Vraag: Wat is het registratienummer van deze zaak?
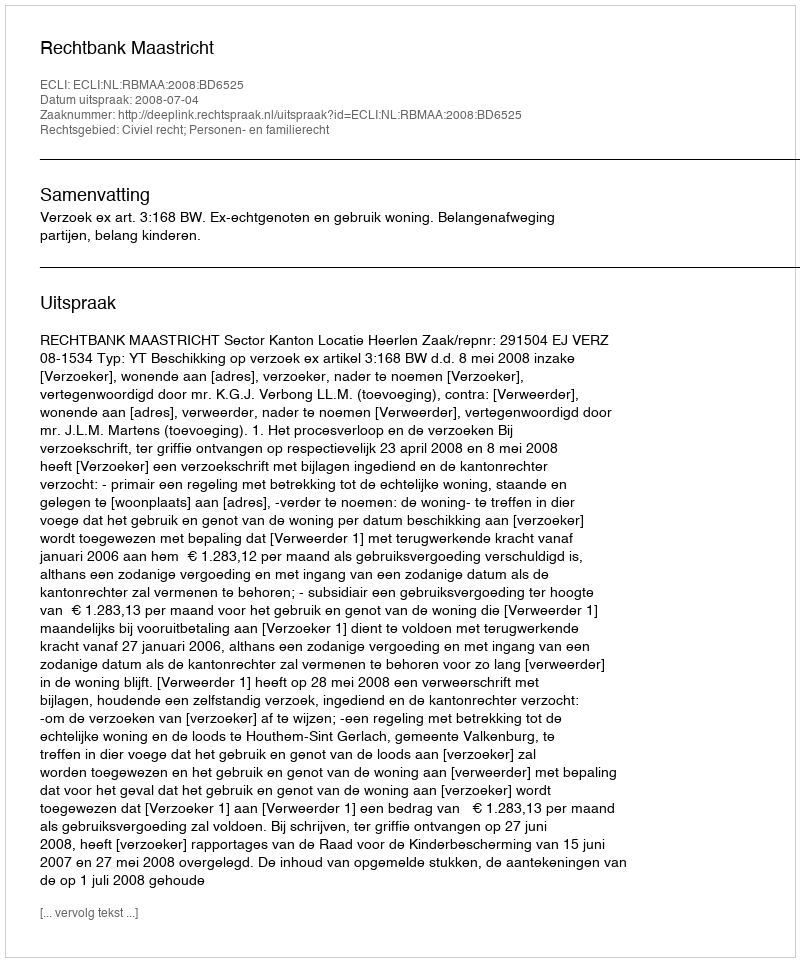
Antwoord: http://deeplink.rechtspraak.nl/uitspraak?id=ECLI:NL:RBMAA:2008:BD6525